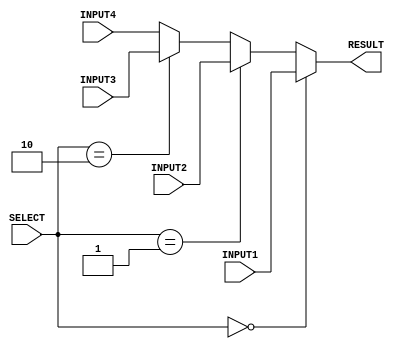
`timescale 1ns/100ps

module mux_4to1_32bit (INPUT1, INPUT2, INPUT3, INPUT4, RESULT, SELECT);

    input [31:0] INPUT1, INPUT2, INPUT3, INPUT4;
    input [1:0] SELECT;
    output reg [31:0] RESULT;

    always @ (*)
    begin
        if (SELECT == 2'b00)
            RESULT = INPUT1;
        else if (SELECT == 2'b01)
            RESULT = INPUT2;
        else if (SELECT == 2'b10)
            RESULT = INPUT3;
        else
            RESULT = INPUT4;
    end

endmodule